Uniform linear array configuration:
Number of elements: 64
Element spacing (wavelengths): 0.5
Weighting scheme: exponential
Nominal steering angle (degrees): -15
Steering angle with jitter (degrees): -14.633
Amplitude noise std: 0.05
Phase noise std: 0.05

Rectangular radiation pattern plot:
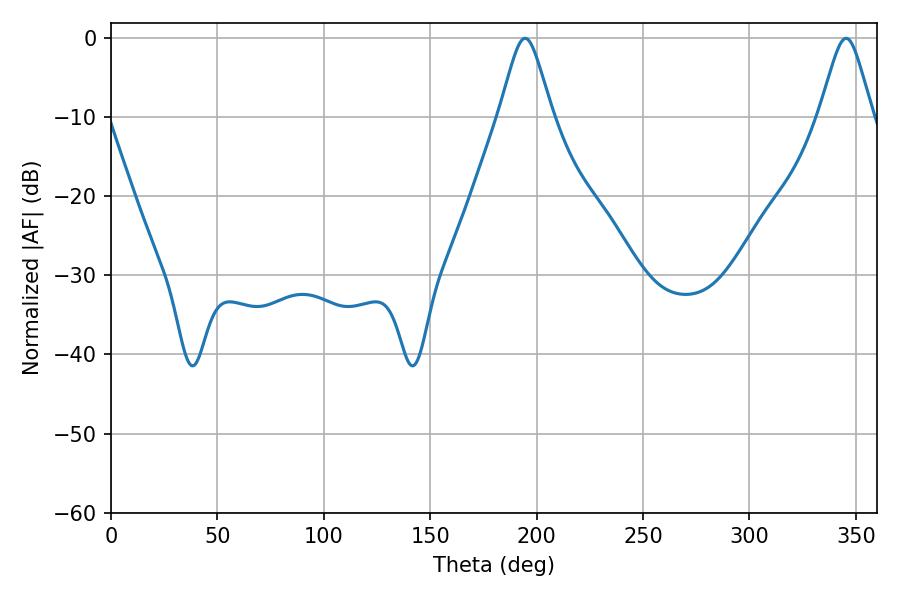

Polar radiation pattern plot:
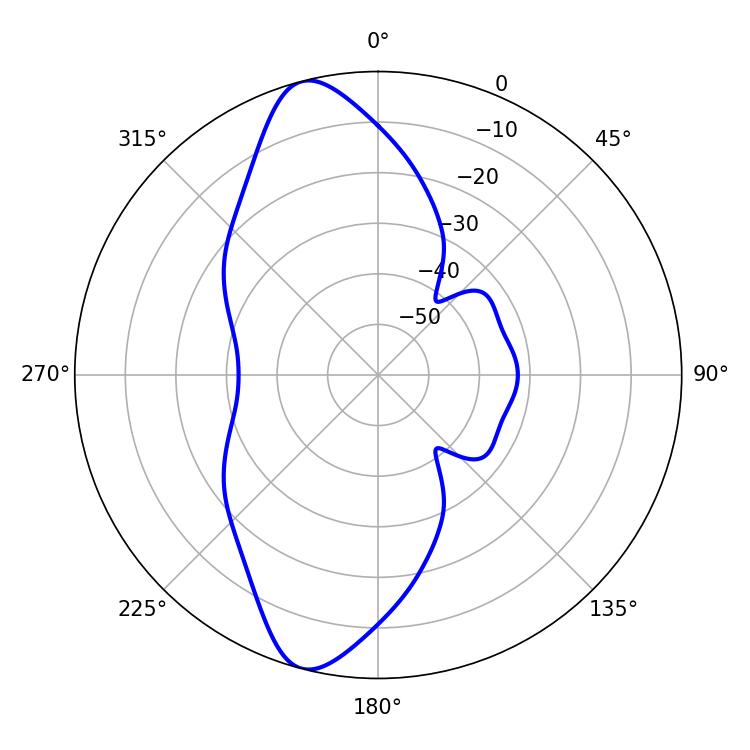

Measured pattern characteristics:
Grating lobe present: FALSE
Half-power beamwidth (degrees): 11.88
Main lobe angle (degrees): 194.58